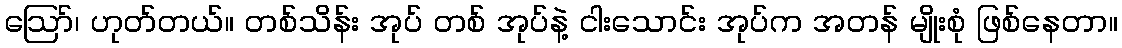
ဪ၊ ဟုတ်တယ်။ တစ်သိန်း အုပ် တစ် အုပ်နဲ့ ငါးသောင်း အုပ်က အတန် မျိုးစုံ ဖြစ်နေတာ။